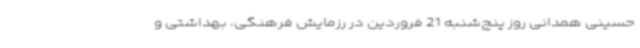
حسینی همدانی روز پنج‌شنبه 21 فروردین در رزمایش فرهنگی، بهداشتی و